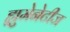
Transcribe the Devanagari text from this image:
ह्युमेनेटीज